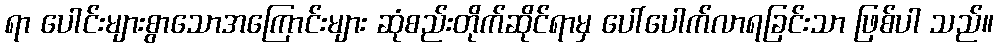
ရာ ပေါင်းများစွာသောအကြောင်းများ ဆုံစည်းတိုက်ဆိုင်ရာမှ ပေါ်ပေါက်လာရခြင်းသာ ဖြစ်ပါ သည်။